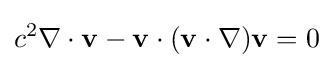
c^{2}\nabla \cdot \mathbf {v} -\mathbf {v} \cdot (\mathbf {v} \cdot \nabla )\mathbf {v} =0